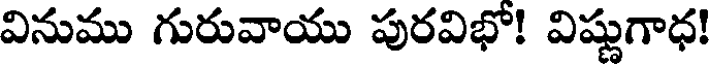
వినుము గురువాయు పురవిభో! విష్ణుగాధ!